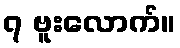
၇ ဗူးလောက်။